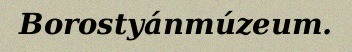
Borostyánmúzeum.